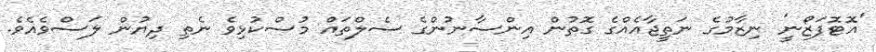
'އޮޓޮފަޒޯނީ' ނިޒާމުގެ ނަތީޖާއެއްގެ ގޮތުން އިންސާނުންގެ ސެލްތައް މުސްކުޅިވެ ނެތި ދިޔުން ލަސްވެއެވެ.